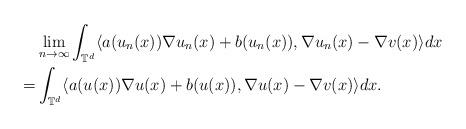
LaTeX: \begin{align*}& \lim_{n\rightarrow\infty} \int_{\mathbb{T}^d} \langle a(u_n(x))\nabla u_n(x) + b(u_n(x)), \nabla u_n(x) - \nabla v(x) \rangle dx \\= & \int_{\mathbb{T}^d} \langle a(u(x))\nabla u(x) + b(u(x)), \nabla u(x) - \nabla v(x) \rangle dx .\end{align*}